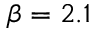
\beta = 2 . 1